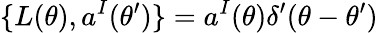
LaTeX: \{ L(\theta),a^{I}(\theta^{\prime})\} =a^{I}(\theta)\delta^{\prime}(\theta-\theta^{\prime})